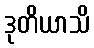
ဒုတိယာသိ